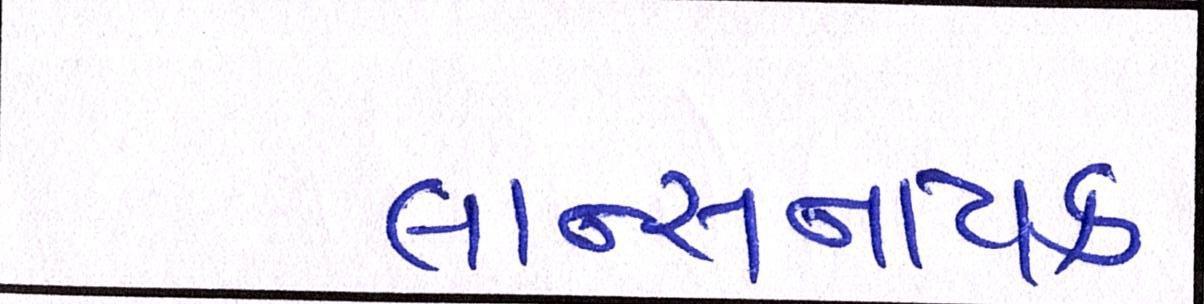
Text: લાન્સનાયક